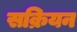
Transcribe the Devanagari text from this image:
सक्रियन